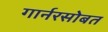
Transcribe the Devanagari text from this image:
गार्नरसोबत